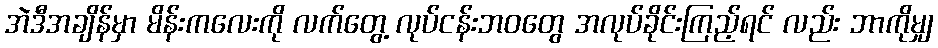
အဲဒီအချိန်မှာ မိန်းကလေးကို လက်တွေ့ လုပ်ငန်းဘဝတွေ အလုပ်ခိုင်းကြည့်ရင် လည်း ဘာကိုမျှ